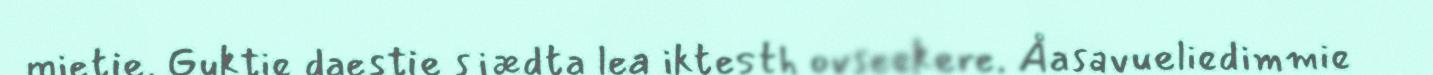
mietie. Guktie daestie sjædta lea iktesth ovseekere. Åasavueliedimmie